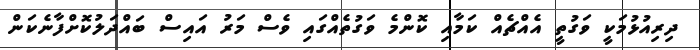
ދިރިއުޅުމަކީ ވަގުތީ އެއްޗެއް ކަމާއި ކޮންމެ ވަގުތެއްގައި ވެސް މަރު އައިސް ބައްދަލުކޮށްފާނެކަން